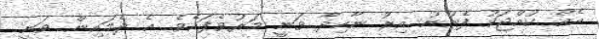
އެއް ކުއްޖަކު ފެނުނު އިރު ނާހިދާ ވަނީ މަރުވެފައެވެ. އެ ދެމައިން ވަނީ